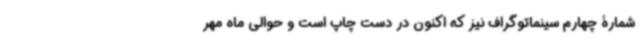
شمارۀ چهارم سینماتوگراف نیز که اکنون در دست چاپ است و حوالی ماه مهر